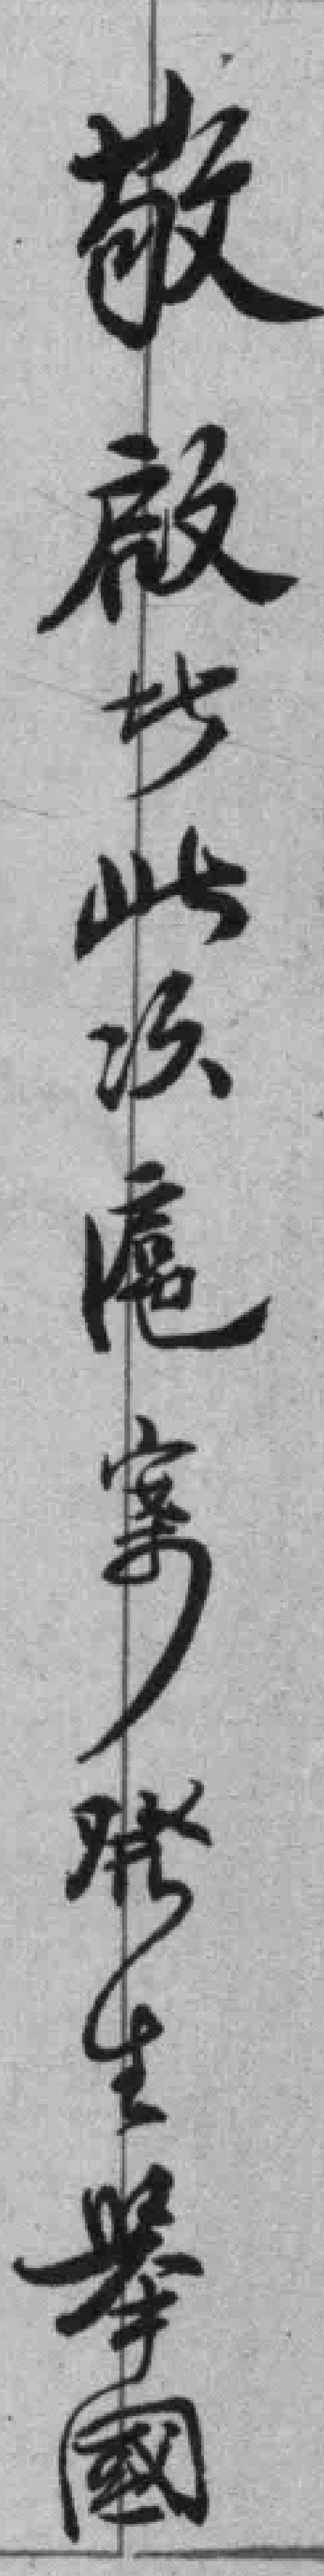
敬啟此次滬案發生舉國